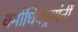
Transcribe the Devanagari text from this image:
धर्माधिकार्‍यांनीं